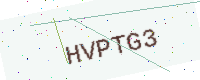
Text: HVPTG3